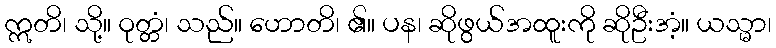
ဣတိ၊ သို့။ ဝုတ္တံ၊ သည်။ ဟောတိ၊ ၏။ ပန၊ ဆိုဖွယ်အထူးကို ဆိုဦးအံ့။ ယသ္မာ၊